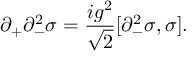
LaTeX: \partial _ { + } \partial _ { - } ^ { 2 } \sigma = { \frac { i g ^ { 2 } } { \sqrt { 2 } } } [ \partial _ { - } ^ { 2 } \sigma , \sigma ] .